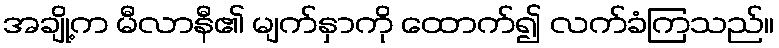
အချို့က မီလာနီ၏ မျက်နှာကို ထောက်၍ လက်ခံကြသည်။